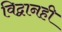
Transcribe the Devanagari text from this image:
विद्वानही